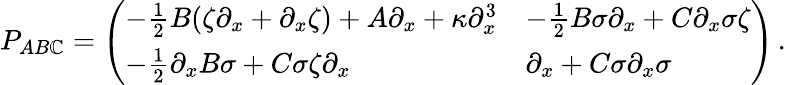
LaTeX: P_{AB\mathbb{C}}=\left(\begin{array}{ll}{-\frac 12B(\zeta\partial_{x}+\partial_{x}\zeta)+A\partial_{x}+\kappa\partial_{x}^{3}}&{-\frac 12B\sigma\partial_{x}+C\partial_{x}\sigma\zeta}\\ {-\frac 12\partial_{x}B\sigma+C\sigma\zeta\partial_{x}}&{\partial_{x}+C\sigma\partial_{x}\sigma}\end{array}\right)\, .